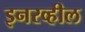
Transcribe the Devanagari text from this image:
इनरव्हील